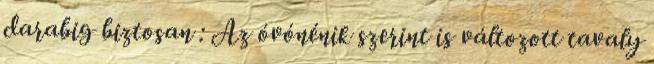
darabig biztosan : Az óvónénik szerint is változott tavaly